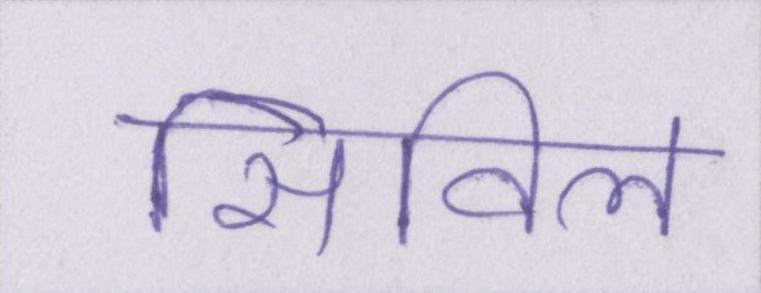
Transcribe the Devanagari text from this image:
सिविल